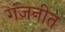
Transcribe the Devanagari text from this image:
गजनीत